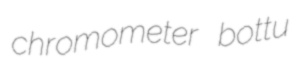
chromometer bottu